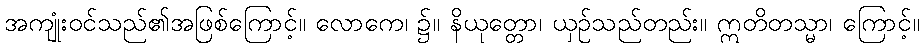
အကျုံးဝင်သည်၏အဖြစ်ကြောင့်။ လောကေ၊ ၌။ နိယုတ္တော၊ ယှဉ်သည်တည်း။ ဣတိတသ္မာ၊ ကြောင့်။